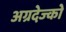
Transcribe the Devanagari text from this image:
अग्रदेज्को